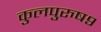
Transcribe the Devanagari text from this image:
कुलपुरुष९